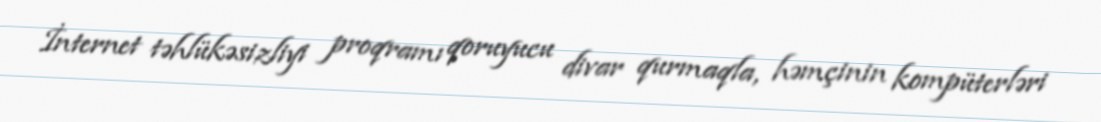
İnternet təhlükəsizliyi proqramı qoruyucu divar qurmaqla, həmçinin kompüterləri